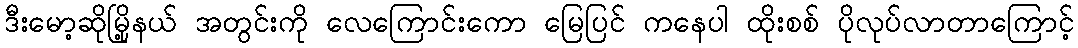
ဒီးမော့ဆိုမြို့နယ် အတွင်းကို လေကြောင်းကော မြေပြင် ကနေပါ ထိုးစစ် ပိုလုပ်လာတာကြောင့်